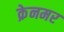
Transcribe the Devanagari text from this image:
क्रेनमर